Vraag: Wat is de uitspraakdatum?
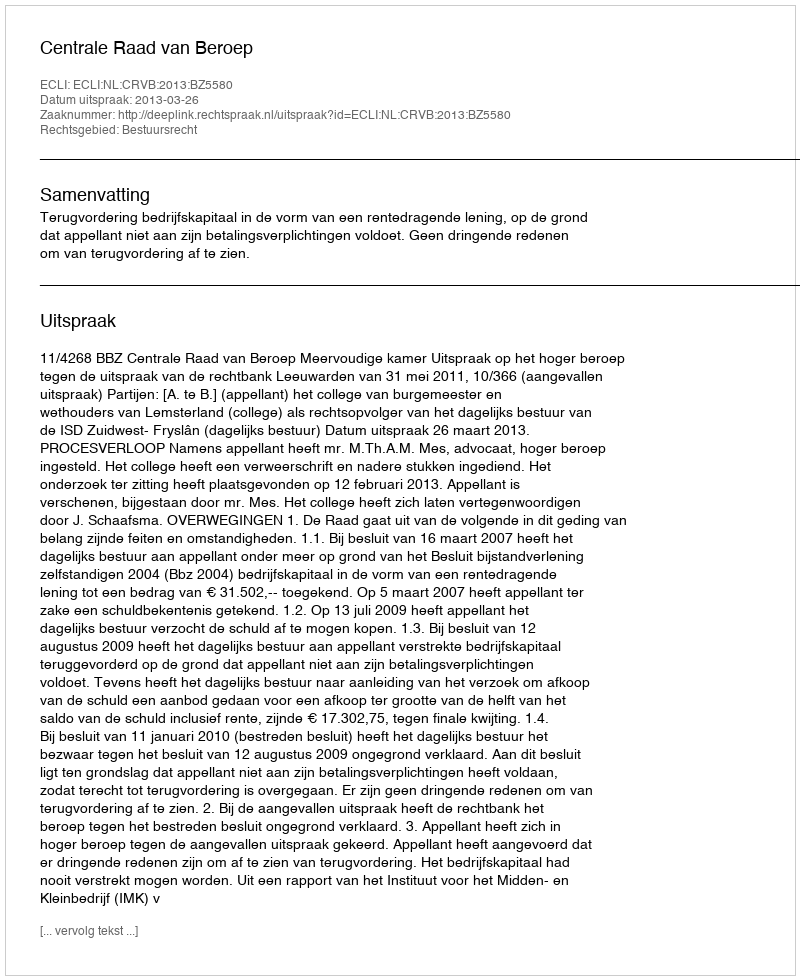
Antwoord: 2013-03-26